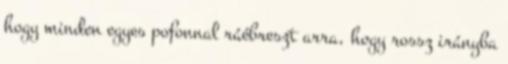
hogy minden egyes pofonnal ráébreszt arra, hogy rossz irányba